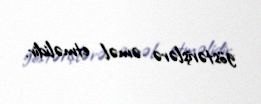
göstərişlərə əməl etməlidir.